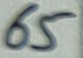
Text: 65